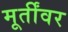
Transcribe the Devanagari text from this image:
मूर्तींवर